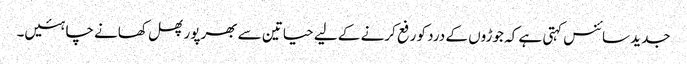
جدید سائنس کہتی ہے کہ جوڑوں کے درد کو رفع کرنے کے لیے حیاتین سے بھرپور پھل کھانے چاہئیں۔